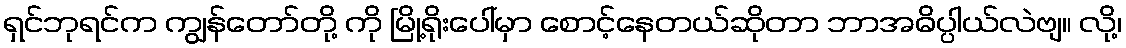
ရှင်ဘုရင်က ကျွန်တော်တို့ ကို မြို့ရိုးပေါ်မှာ စောင့်နေတယ်ဆိုတာ ဘာအဓိပ္ပါယ်လဲဗျ။ လို့၊